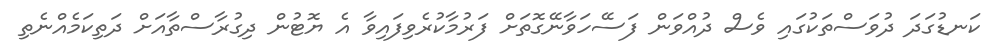
ކަނޑުގަދަ ދުވަސްތަކުގައި ވެސް ދުއްވަން ފަސޭހަވާނޭގޮތަށް ފަރުމާކުރެވިފައިވާ އެ ޔޮޓުން ދިގުރާސްތާއަށް ދަތިކަމެއްނެތި